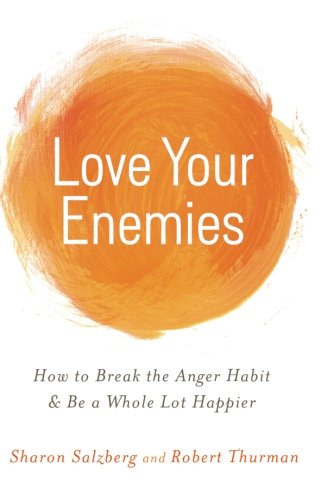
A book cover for Love Your Enemies: How to Break the Anger Habit & Be a Whole Lot Happier; Sharon Salzberg; Self-Help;